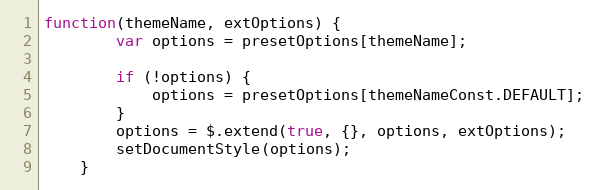
Language: JavaScript
function(themeName, extOptions) {
        var options = presetOptions[themeName];

        if (!options) {
            options = presetOptions[themeNameConst.DEFAULT];
        }
        options = $.extend(true, {}, options, extOptions);
        setDocumentStyle(options);
    }